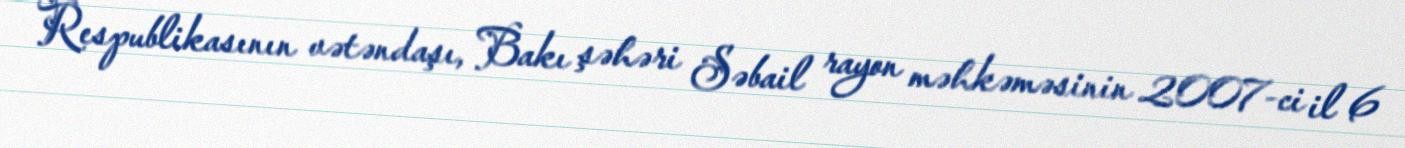
Respublikasının vətəndaşı, Bakı şəhəri Səbail rayon məhkəməsinin 2007-ci il 6